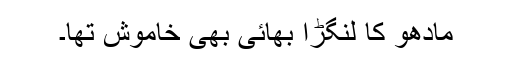
مادھو کا لنگڑا بھائی بھی خاموش تھا۔